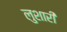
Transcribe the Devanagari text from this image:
लुशारी